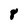
Character: 8